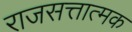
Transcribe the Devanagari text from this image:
राजसत्तात्मक